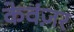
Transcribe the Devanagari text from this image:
केवंज़र